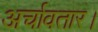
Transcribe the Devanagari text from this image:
अर्चावतार।